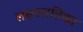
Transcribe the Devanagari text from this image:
लसल्लतिका